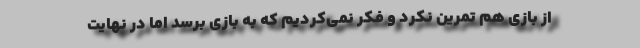
از بازی هم تمرین نکرد و فکر نمی‌کردیم که به بازی برسد اما در نهایت